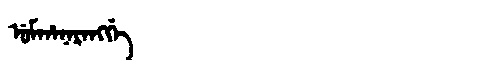
Manchu: ᡠᠮᡥᠠᠨᠠᡵᠠᠩᡤᡝ
Romanization: UMHANARANGGE